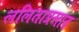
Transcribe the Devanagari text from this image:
ललिताप्रसाद